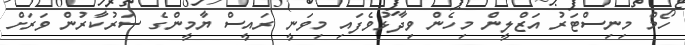
ހޯމް މިނިސްޓަރު އަޒްލީން މިހެން ވިދާޅުވެފައި މިވަނީ ރައީސް ޔާމީންގެ ސަރުކާރުން ވަރަށް